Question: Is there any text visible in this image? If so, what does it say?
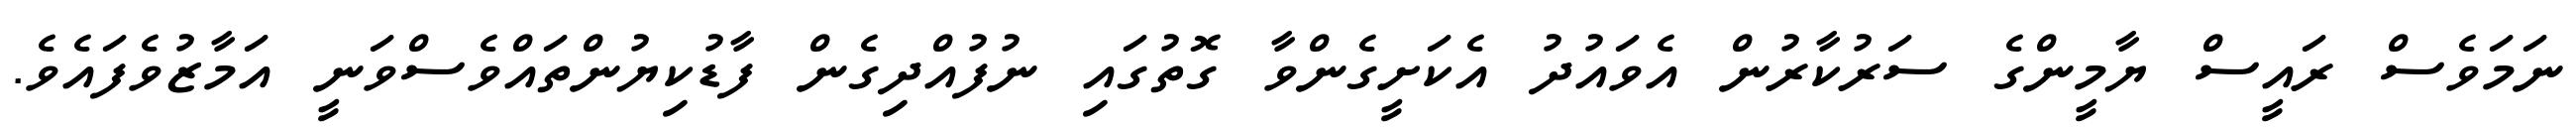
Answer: ނަމަވެސް ރައީސް ޔާމީންގެ ސަރުކާރުން އެވައުދު އެކަށީގެންވާ ގޮތުގައި ނުފުއްދިގެން ފާޑުކިޔުންތައްވެސްވަނީ އަމާޒުވެފައެވެ.